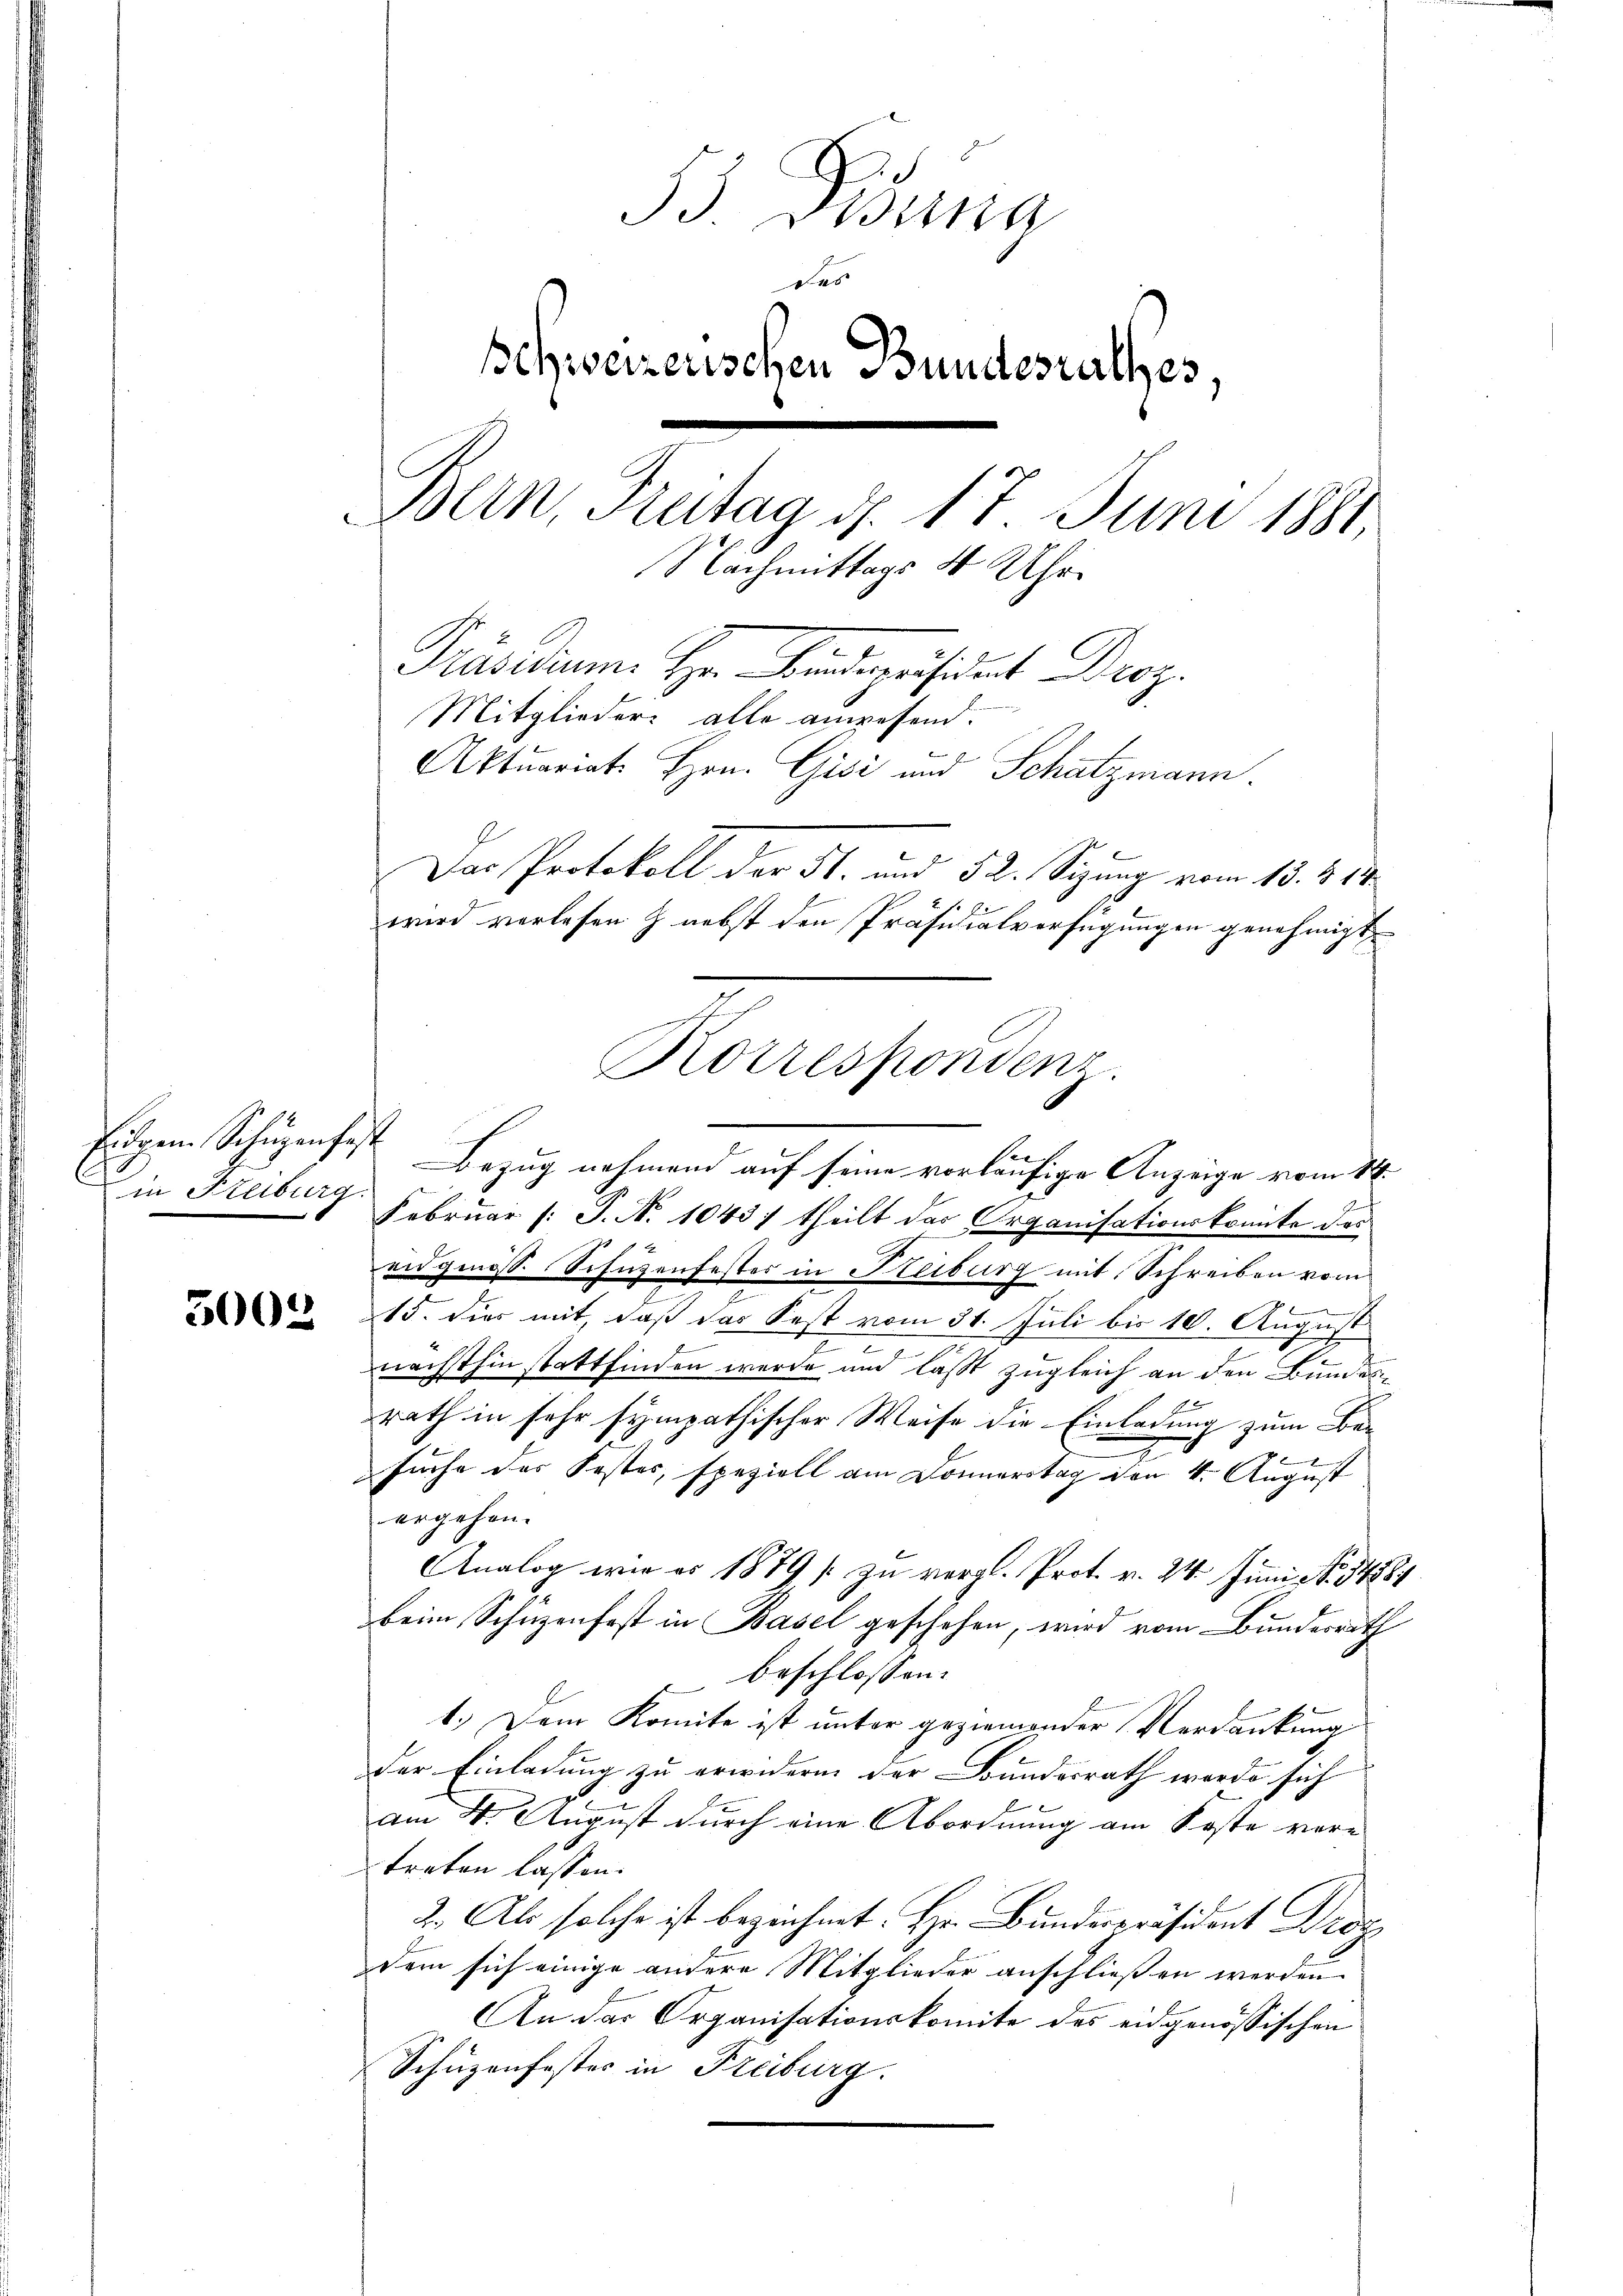
Eigen Schüzenfest
in Steiburg.

3002

B. Dionna
6
schweizerischen Bundesrathes.
Bern, Freitag d. 17. Juni 1881
Nachmittags 4 Uhr
Präsidium. Hr. Bindepräsident Droz.
Mitglieder alle anwesend.
Aktuariat. Hrn. Gisi und Schatzmann.
Das Protokoll der 51. und 52. Sizung vom 13. d. 14.
wird verlesen h nebst den Präsidialverfügungen genehmigt

Bezug nehmend auf seine vorläufige Anzeige vom 14.
Februar (: P. Nr. 1043) theilt das Organisationskomite des
eidgenöss. Schüzenfestes in Reiburg mit Schreiben vom
m
15. Dies mit, daß das Fest vom 31. Juli bis 10. August

nächsthin stattfinden werde und lässt zugleich an den Bundesrath in sehr sympathischer Weise die Einladung zum Be-
z
x
suche des Kostes, speziell am Donnerstag den 4. August
ergehen.
Analog wie es 1879 / zu vergl. Prot. v. 24. Juni No 14584
beim Schuzenfest in Basel geschehen, wird vom Bundesrath
 beschlossen:
1.) Dem Komite ist unter geziemender Verdankung
e
der Einladung zu erwidern der Bundesrath werde sich
am 4. August durch eine Abordnung am Koste vertreten lassen.
2. Als solche ist bezeichnet. Hr. Bundespräsident Drog
dem sich einige andere Mitglieder anschließen werden.
An das Organisationskomite des eidgenössischen
Schüzenfester in Freiburg.

ch
Korrespondenz.